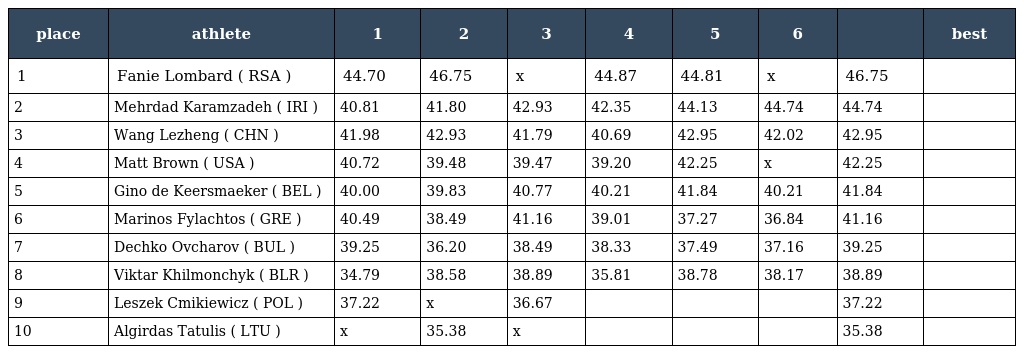
| place | athlete | 1 | 2 | 3 | 4 | 5 | 6 |  | best |
 | --- | --- | --- | --- | --- | --- | --- | --- | --- | --- |
 | 1 | Fanie Lombard ( RSA ) | 44.70 | 46.75 | x | 44.87 | 44.81 | x | 46.75 |  |
 | 2 | Mehrdad Karamzadeh ( IRI ) | 40.81 | 41.80 | 42.93 | 42.35 | 44.13 | 44.74 | 44.74 |  |
 | 3 | Wang Lezheng ( CHN ) | 41.98 | 42.93 | 41.79 | 40.69 | 42.95 | 42.02 | 42.95 |  |
 | 4 | Matt Brown ( USA ) | 40.72 | 39.48 | 39.47 | 39.20 | 42.25 | x | 42.25 |  |
 | 5 | Gino de Keersmaeker ( BEL ) | 40.00 | 39.83 | 40.77 | 40.21 | 41.84 | 40.21 | 41.84 |  |
 | 6 | Marinos Fylachtos ( GRE ) | 40.49 | 38.49 | 41.16 | 39.01 | 37.27 | 36.84 | 41.16 |  |
 | 7 | Dechko Ovcharov ( BUL ) | 39.25 | 36.20 | 38.49 | 38.33 | 37.49 | 37.16 | 39.25 |  |
 | 8 | Viktar Khilmonchyk ( BLR ) | 34.79 | 38.58 | 38.89 | 35.81 | 38.78 | 38.17 | 38.89 |  |
 | 9 | Leszek Cmikiewicz ( POL ) | 37.22 | x | 36.67 |  |  |  | 37.22 |  |
 | 10 | Algirdas Tatulis ( LTU ) | x | 35.38 | x |  |  |  | 35.38 |  |